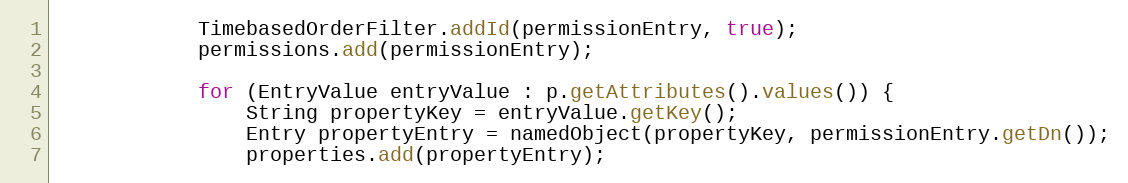
Language: Java
            TimebasedOrderFilter.addId(permissionEntry, true);
            permissions.add(permissionEntry);

            for (EntryValue entryValue : p.getAttributes().values()) {
                String propertyKey = entryValue.getKey();
                Entry propertyEntry = namedObject(propertyKey, permissionEntry.getDn());
                properties.add(propertyEntry);